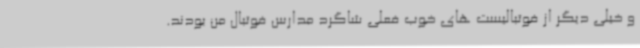
و خیلی دیگر از فوتبالیست های خوب فعلی شاگرد مدارس فوتبال من بودند.